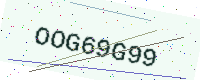
Text: OOG69G99